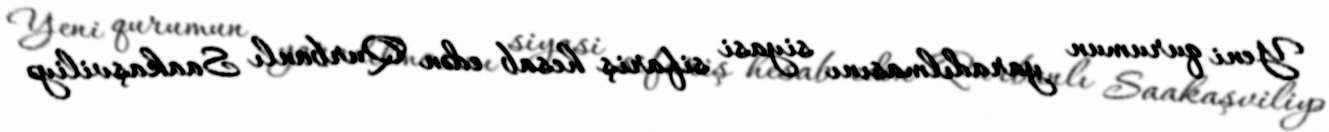
Yeni qurumun yaradılmasını siyasi sifariş hesab edən Qurbanlı Saakaşviliyə